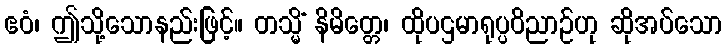
ဧဝံ၊ ဤသို့သောနည်းဖြင့်။ တသ္မိံ နိမိတ္တေ၊ ထိုပဌမာရုပ္ပဝိညာဉ်ဟု ဆိုအပ်သော